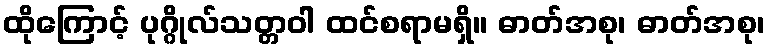
ထိုကြောင့် ပုဂ္ဂိုလ်သတ္တဝါ ထင်စရာမရှိ။ ဓာတ်အစု၊ ဓာတ်အစု၊